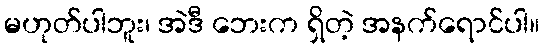
မဟုတ်ပါဘူး၊ အဲဒီ ဘေးက ရှိတဲ့ အနက်ရောင်ပါ။